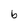
Character: b